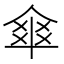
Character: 𠌂